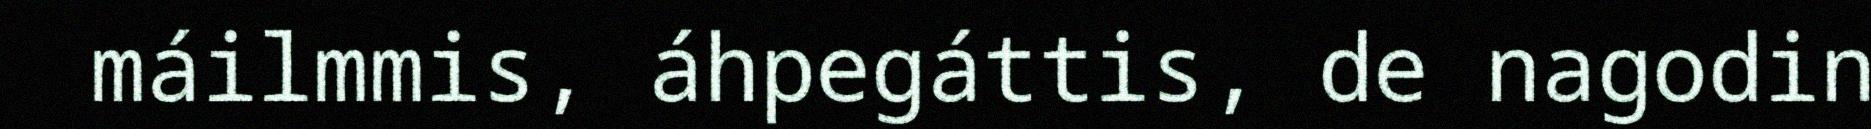
máilmmis, áhpegáttis, de nagodin